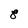
Character: 8